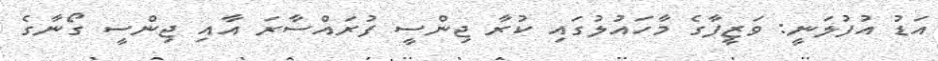
އަޑު އުފުލަނީ: ވަޒީފާގެ މާހައުލުގައި ކުރާ ޖިންސީ ފުރައްސާރަ އާއި ޖިންސީ ގޯނާގެ